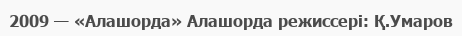
2009 — «Алашорда» Алашорда режиссері: Қ.Умаров